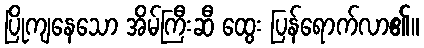
ပြိုကျနေသော အိမ်ကြီးဆီ ထွေး ပြန်ရောက်လာ၏။